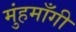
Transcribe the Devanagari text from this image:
मुंहमाँगी